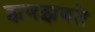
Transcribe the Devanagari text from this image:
झणझणते